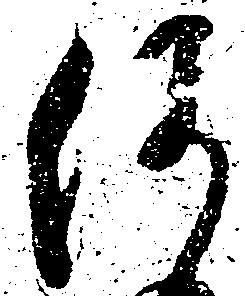
何